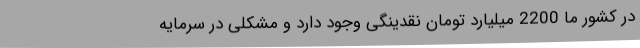
در کشور ما 2200 میلیارد تومان نقدینگی وجود دارد و مشکلی در سرمایه